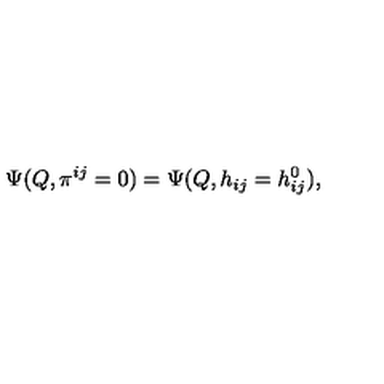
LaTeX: \Psi ( Q , \pi ^ { i j } = 0 ) = \Psi ( Q , h _ { i j } = h _ { i j } ^ { 0 } ) ,